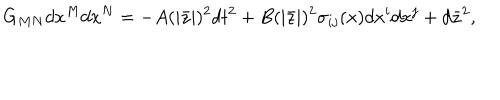
G _ { M N } d x ^ { M } d x ^ { N } = - A ( | \bar { z } | ) ^ { 2 } d t ^ { 2 } + B ( | \bar { z } | ) ^ { 2 } \sigma _ { i j } ( x ) d x ^ { i } d x ^ { j } + d \bar { z } ^ { 2 } ,